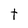
Character: t